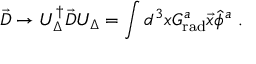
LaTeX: \vec { \cal D } \to { \cal U } _ { \Delta } ^ { \dagger } \vec { \cal D } { \cal U } _ { \Delta } = \int d ^ { 3 } x { \cal G } _ { \mathrm { r a d } } ^ { a } \vec { x } \hat { \phi } ^ { a } \ .